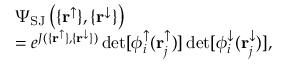
\begin{array} { r l } & { \Psi _ { \mathrm { S J } } \left( \{ \mathbf { r } ^ { \uparrow } \} , \{ \mathbf { r } ^ { \downarrow } \} \right) } \\ & { = e ^ { J ( \{ \mathbf { r } ^ { \uparrow } \} , \{ \mathbf { r } ^ { \downarrow } \} ) } \operatorname* { d e t } [ \phi _ { i } ^ { \uparrow } ( \mathbf { r } _ { j } ^ { \uparrow } ) ] \operatorname* { d e t } [ \phi _ { i } ^ { \downarrow } ( \mathbf { r } _ { j } ^ { \downarrow } ) ] , } \end{array}